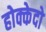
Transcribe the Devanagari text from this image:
होक्केदो